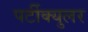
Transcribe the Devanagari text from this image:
पर्टीक्युलर